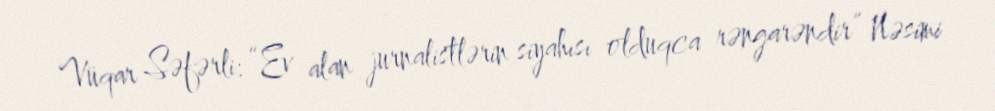
Vüqar Səfərli: “Ev alan jurnalistlərin siyahısı olduqca rəngarəndir” Nəsimi